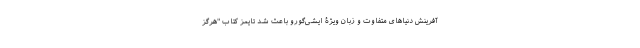
آفرینش دنیاهای متفاوت و زبان ویژۀ ایشی‌گورو باعث شد تایمز کتاب "هرگز